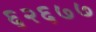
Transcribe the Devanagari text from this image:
६२६७७